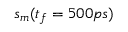
s _ { m } ( t _ { f } = 5 0 0 p s )